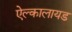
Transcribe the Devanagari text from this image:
ऐल्कालायड